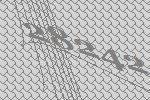
28242